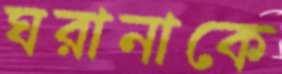
ঘরানাকে